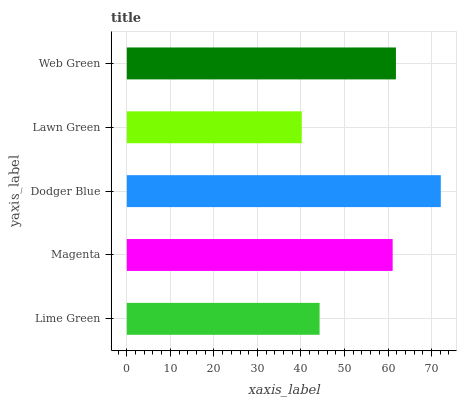
| yaxis_label | bars |
 | --- | --- |
 | Lime Green | 44.3 |
 | Magenta | 61.1 |
 | Dodger Blue | 72.1 |
 | Lawn Green | 40.2 |
 | Web Green | 61.8 |